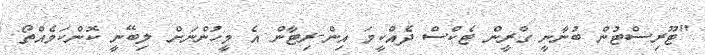
"ޓޫރިސްޓުން ބުނާނީ ގްރީން ޓެކްސް ދެއްކީމަ އިން-ރިޓާން އެ މީހުންނަށް ލިބޭނީ ކޮންކަމެއްތޯ